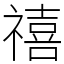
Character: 禧